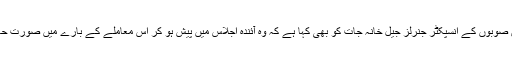
کمیٹی نے چاروں صوبوں کے انسپکٹر جنرلز جیل خانہ جات کو بھی کہا ہے کہ وہ آئندہ اجلاس میں پیش ہو کر اس معاملے کے بارے میں صورت حال سے آگاہ کریں۔